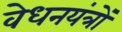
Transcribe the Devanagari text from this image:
वेधनयंत्रों